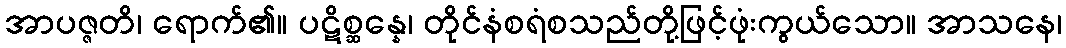
အာပဇ္ဇတိ၊ ရောက်၏။ ပဋိစ္ဆန္နေ၊ တိုင်နံစရံစသည်တို့ဖြင့်ဖုံးကွယ်သော။ အာသနေ၊